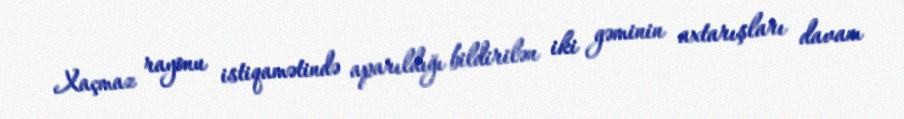
Xaçmaz rayonu istiqamətində aparıldığı bildirilən iki gəminin axtarışları davam